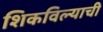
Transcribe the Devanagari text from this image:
शिकविल्याची